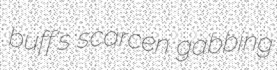
buff's scarcen gabbing